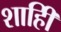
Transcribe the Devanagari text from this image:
शाहीि